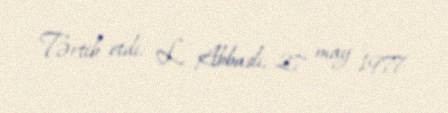
Tərtib etdi: L. Abbaslı, 27 may 1977